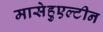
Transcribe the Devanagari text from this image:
मासेहुएल्टीन